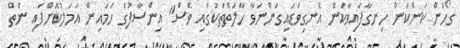
ގޯހުން ކަންކަން ހިނގާފައިވާކަން އެނގިވަޑައިގަންނަވާ ހާލަތްތަކުގައި ވެސް" އިންސާފުގެ ހަމައިން އަމަލުކޮށްފައި ނެތް